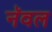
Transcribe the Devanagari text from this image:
नॅवल